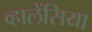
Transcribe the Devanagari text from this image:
व्हालेंसिया